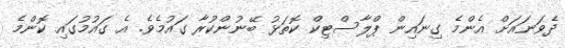
ދެވަނައަށް އެންމެ ގިނައިން ޕްލާސްޓިކް ކޮތަޅު ބޭނުންކުރާ ގައުމެވެ. އެ ގައުމުގައި ކޮންމެ